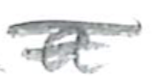
Text: a
Cross-out: double-line
Writing tool: pencil